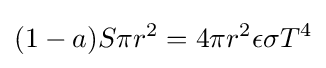
(1-a)S\pi r^{2}=4\pi r^{2}\epsilon \sigma T^{4}